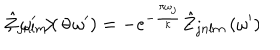
\hat { Z } _ { j n l m } \left( - \omega ^ { \prime } \right) = - e ^ { - { \frac { \pi \omega _ { j } } { \kappa } } } \hat { Z } _ { j n l m } \left( \omega ^ { \prime } \right) \hspace { 1 c m } , \ \omega ^ { \prime } > 0 \; .